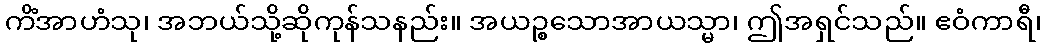
ကိံအာဟံသု၊ အဘယ်သို့ဆိုကုန်သနည်း။ အယဉ္စသောအာယသ္မာ၊ ဤအရှင်သည်။ ဧဝံကာရီ၊